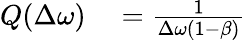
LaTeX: \begin{array}{rl}{Q(\Delta\omega)}&{{}=\frac{1}{\Delta\omega\left(1-\beta\right)}}\end{array}